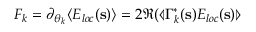
F _ { k } = \partial _ { { \boldsymbol \theta } _ { k } } \langle E _ { l o c } ( \mathbf { s } ) \rangle = 2 \Re ( \llangle \Gamma _ { k } ^ { * } ( \mathbf { s } ) E _ { l o c } ( \mathbf { s } ) \rrangle